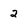
Character: 2